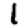
Digit: 1